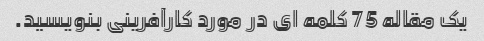
یک مقاله 75 کلمه ای در مورد کارآفرینی بنویسید.